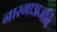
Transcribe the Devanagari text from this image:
नारगाअजर्नि